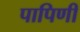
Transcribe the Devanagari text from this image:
पापिणी